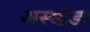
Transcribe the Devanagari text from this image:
अस्खेडा